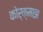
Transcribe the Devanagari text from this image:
कोर्क्माझ